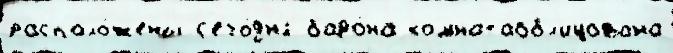
располо́жены с'его́дн'я баро́на комнатаобл'ицована